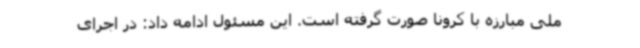
ملی مبارزه با کرونا صورت گرفته است. این مسئول ادامه داد: در اجرای